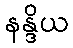
နန္ဒိယ